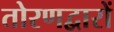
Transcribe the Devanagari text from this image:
तोरणद्वारों